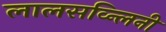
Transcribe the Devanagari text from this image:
लालसव्न्लिनी